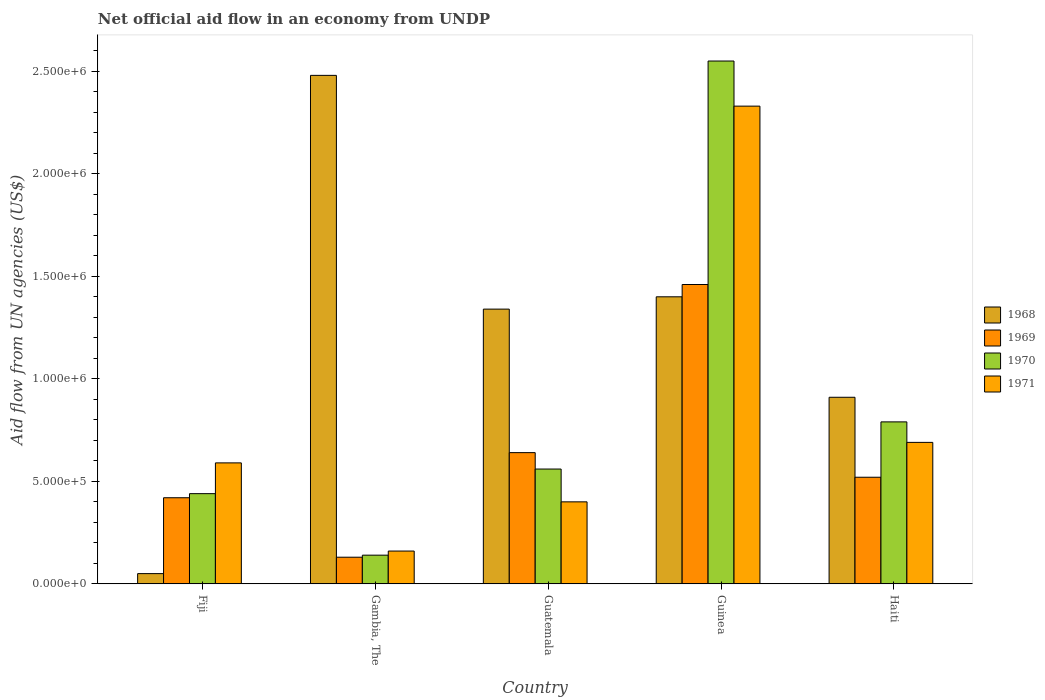
| Country | 1968 | 1969 | 1970 | 1971 |
 | --- | --- | --- | --- | --- |
 | Fiji | 5e+04 | 4.2e+05 | 4.4e+05 | 5.9e+05 |
 | Gambia, The | 2.48e+06 | 1.3e+05 | 1.4e+05 | 1.6e+05 |
 | Guatemala | 1.34e+06 | 6.4e+05 | 5.6e+05 | 4e+05 |
 | Guinea | 1.4e+06 | 1.46e+06 | 2.55e+06 | 2.33e+06 |
 | Haiti | 9.1e+05 | 5.2e+05 | 7.9e+05 | 6.9e+05 |